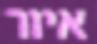
איור